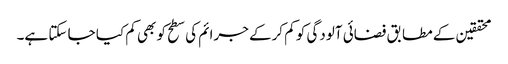
محققین کے مطابق فضائی آلودگی کو کم کرکے جرائم کی سطح کو بھی کم کیا جا سکتا ہے۔